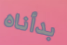
بدأناه